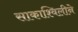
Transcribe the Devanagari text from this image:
साकाश्विलीने